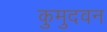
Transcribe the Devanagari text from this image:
कुमुदवन